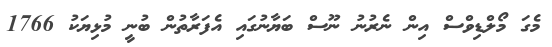
މެގަ މޯލްޑިވްސް އިން ނެރުނު ނޫސް ބަޔާނުގައި އެފަރާތުން ބުނީ މުޅިޔަކު 1766